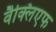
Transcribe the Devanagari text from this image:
वैक्लिएफ